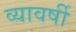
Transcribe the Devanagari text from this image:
व्यावर्षी